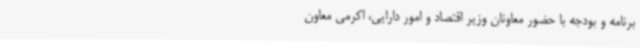
برنامه و بودجه با حضور معاونان وزیر اقتصاد و امور دارایی، اکرمی معاون